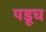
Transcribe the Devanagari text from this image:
पडूच